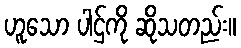
ဟူသော ပါဌ်ကို ဆိုသတည်း။